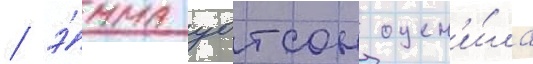
/ э́мма уотсон оцен'и́ла